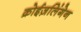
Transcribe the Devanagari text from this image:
क्रोईज़लिंगेन